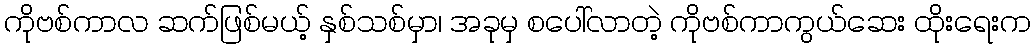
ကိုဗစ်ကာလ ဆက်ဖြစ်မယ့် နှစ်သစ်မှာ၊ အခုမှ စပေါ်လာတဲ့ ကိုဗစ်ကာကွယ်ဆေး ထိုးရေးက